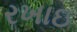
રખાઇ